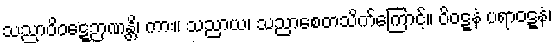
သညာဝိဝဋ္ဋေဉာဏန္တိ၊ ကား။ သညာယ၊ သညာစေတသိက်ကြောင့်။ ဝိဝဋ္ဋနံ ပရာဝဋ္ဋနံ၊